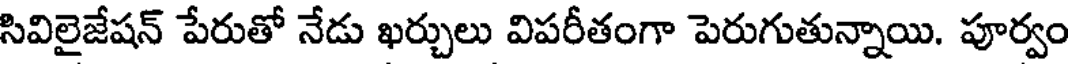
సివిలైజేషన్ పేరుతో నేడు ఖర్చులు విపరీతంగా పెరుగుతున్నాయి. పూర్వం